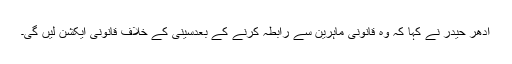
اُدھر حیدر نے کہا کہ وہ قانونی ماہرین سے رابطہ کرنے کے بعدسینی کے خلاف قانونی ایکشن لیں گی۔